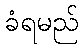
ခံရမည်